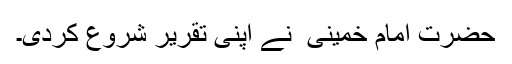
حضرت امام خمینی ؒ نے اپنی تقریر شروع کردی۔